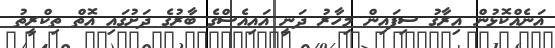
އަނެއްކޮޅުން އިރާގު ސިފައިން މިހާރު ދަނީ އައިއެސްގެ ބާރުގެ ދަށުގައި އޮތް ތިކްރީތު